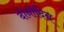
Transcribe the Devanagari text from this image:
दोनोंदिन